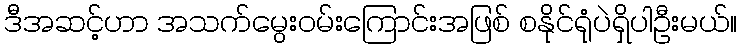
ဒီအဆင့်ဟာ အသက်မွေး၀မ်းကြောင်းအဖြစ် စနိုင်ရုံပဲရှိပါဦးမယ်။